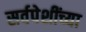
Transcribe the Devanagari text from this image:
सर्वपेशींच्या